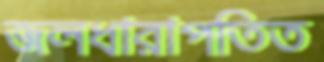
জলধারাপতিত